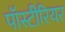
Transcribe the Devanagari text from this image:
पॉस्टीरियर